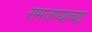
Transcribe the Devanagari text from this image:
समजण्याच्या